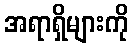
အရာရှိများကို